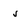
Character: 5